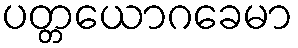
ပတ္တယောဂခေမာ